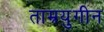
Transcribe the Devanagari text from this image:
ताम्रयुगीन